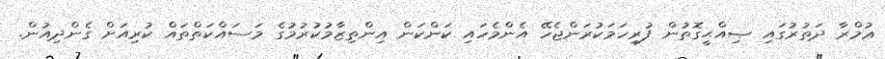
ޢުމްރާ ދަތުރުގައި ޞިއްޙީގޮތުން ފުރިހަމަކުރަންޖެހޭ އެންމެހައި ކަންކަން އިންތިޒާމުކުރުމުގެ މަސައްކަތްތައް ކުރިއަށް ގެންދިއުން.